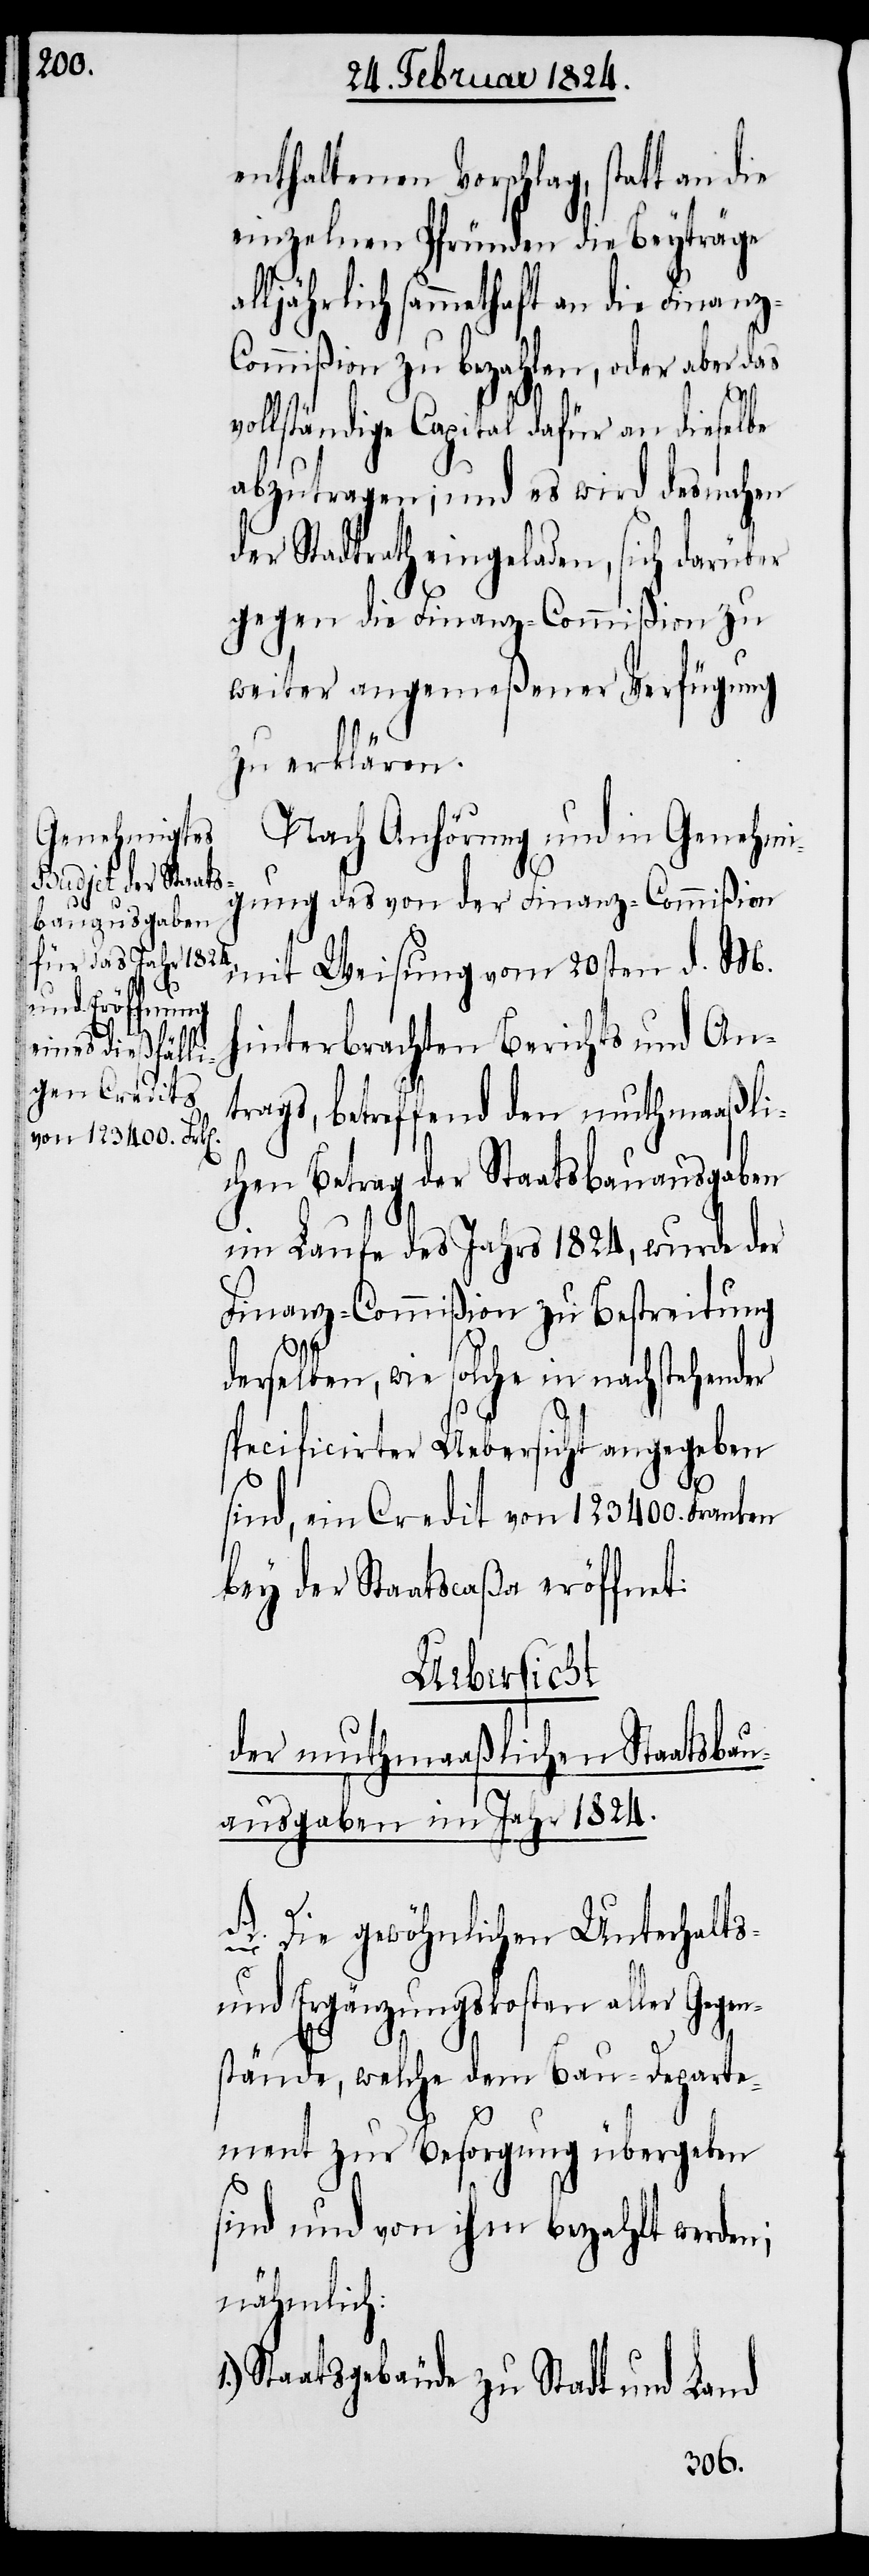
enthaltenen Vorschlag, statt an die
einzelnen Pfünden die Beyträge
alljährlich sammthaft an die Finanz-C¬
ommißion zu bezahlen, oder aber das
vollständige Capital dafür an dieselbe
abzutragen; und es wird desnahen
der Stadtrath eingeladen, sich darüber
gegen die Finanz-Commißion zu
weiter angemeßener Verfügung
zu erklären.
Nach Anhörung und in Genehmi¬
gung des von der Finanz-Commißion
mit Weisung vom 20sten d. M.
hinterbrachten Berichts und An¬
trags, betreffend den muthmaaßli¬
chen Betrag der Staatsbauausgaben
im Laufe des Jahrs 1824, wurde der
Finanz-Commißion zu Bestreitung
derselben, wie solche in
specificirter Uebersicht angegeben
sind, ein Credit von 123400. Franken
bey der Staatscaßa eröffnet:
Uebersicht
der muthmaaßlichen Staats¬
ausgaben im Jahr 1824.
A.) Die gewöhnlichen Unterhalts-
und Ergänzungskosten aller Gege¬
nstände, welche dem Bau-Departe¬
ment zur Besorgung übergeben
sind und von ihm bezahlt werden;
nähmlich:
Staatsgebäude zu Stadt und Land